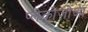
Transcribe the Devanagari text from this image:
प्लेकोज़ोआ